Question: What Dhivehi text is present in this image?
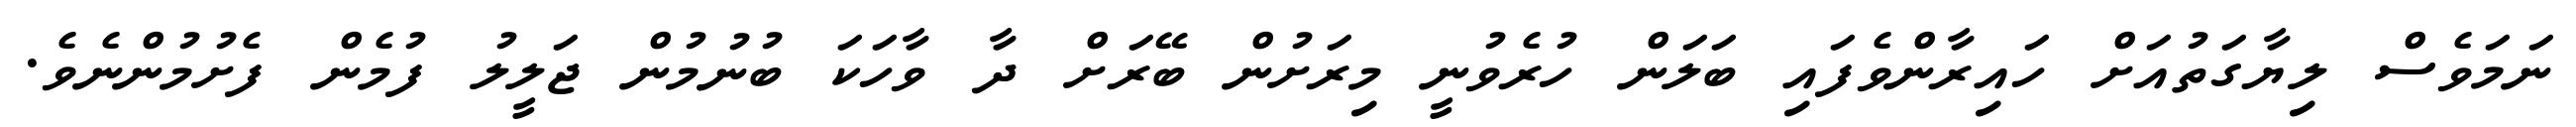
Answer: ނަމަވެސް ލިޔާގަތުއަށް ހައިރާންވެފައި ބަލަން ހުރެވުނީ މިރަށުން ބޭރަށް ދާ ވާހަކަ ބުނުމުން ޖަލީލު ފުމެން ފެށުމުންނެވެ.